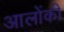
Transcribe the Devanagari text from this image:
आलोंकी